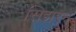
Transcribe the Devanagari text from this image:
सिझरने